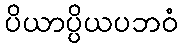
ပိယာပ္ပိယပဘဝံ